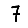
Digit: 7